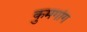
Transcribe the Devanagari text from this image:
कुमगांग